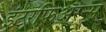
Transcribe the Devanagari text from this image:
इंटरफिअरन्स